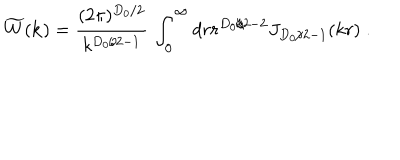
\widetilde { W } ( { \bf k } ) = \frac { ( 2 \pi ) ^ { { D _ { 0 } } / 2 } } { k ^ { { D _ { 0 } } / 2 - 1 } } \, \int _ { 0 } ^ { \infty } d r r ^ { { D _ { 0 } } / 2 - 2 } J _ { { D _ { 0 } } / 2 - 1 } ( k r ) \; .